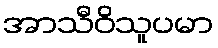
အာသီဝိသူပမာ